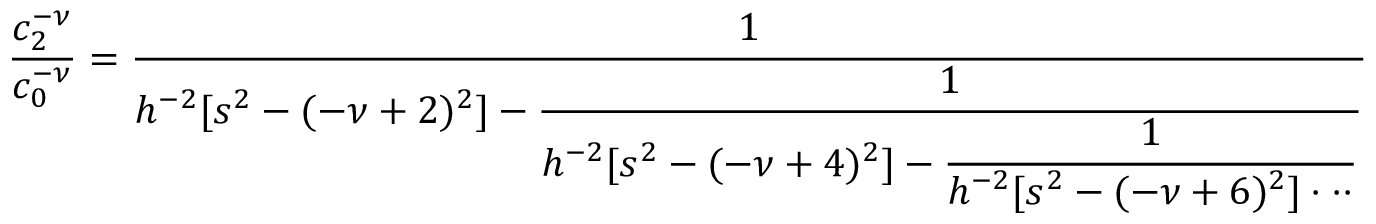
\frac { c _ { 2 } ^ { - \nu } } { c _ { 0 } ^ { - \nu } } = \frac { 1 } { \displaystyle h ^ { - 2 } [ s ^ { 2 } - ( - \nu + 2 ) ^ { 2 } ] - \frac { 1 } { \displaystyle h ^ { - 2 } [ s ^ { 2 } - ( - \nu + 4 ) ^ { 2 } ] - \frac { 1 } { \displaystyle h ^ { - 2 } [ s ^ { 2 } - ( - \nu + 6 ) ^ { 2 } ] \cdot \cdot \cdot } } }